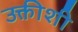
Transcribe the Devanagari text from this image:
उक्तीशी